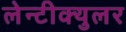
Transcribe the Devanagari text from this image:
लेन्टीक्युलर